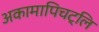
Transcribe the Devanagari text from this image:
अकामापिचट्लि